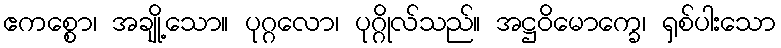
ဧကစ္စော၊ အချို့သော။ ပုဂ္ဂလော၊ ပုဂ္ဂိုလ်သည်။ အဋ္ဌဝိမောက္ခေ၊ ရှစ်ပါးသော